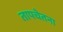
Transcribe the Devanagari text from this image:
तापचेतना